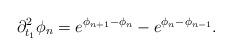
LaTeX: \begin{align*}\partial_{t_1}^2\phi_n=e^{\phi_{n+1}-\phi_n}-e^{\phi_n-\phi_{n-1}}.\end{align*}